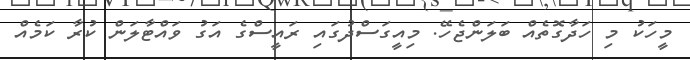
މީހަކު މި ހަދާގޮތެއް ބަލަންޖެހޭ. މިއީގަސްދުގައި ރައީސްގެ އަގު ވައްޓާލަން ކުރާ ކަމެއް